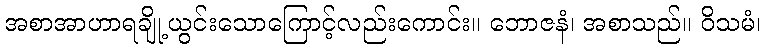
အစာအာဟာရချို့ယွင်းသောကြောင့်လည်းကောင်း။ ဘောဇနံ၊ အစာသည်။ ဝိသမံ၊